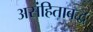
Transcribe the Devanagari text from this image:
असंहिताबद्ध